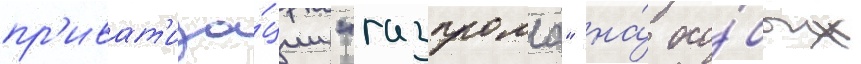
пр'иват'иза́ции "газпрома" на́ осо́бых